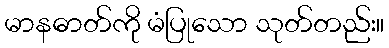
မာနဓာတ်ကို မံပြုသော သုတ်တည်း။